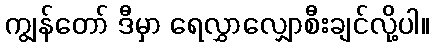
ကျွန်တော် ဒီမှာ ရေလွှာလျှောစီးချင်လို့ပါ။